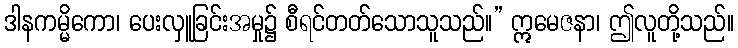
ဒါနကမ္မိကော၊ ပေးလှူခြင်းအမှု၌ စီရင်တတ်သောသူသည်။” ဣမေဇနာ၊ ဤလူတို့သည်။